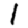
Digit: 1